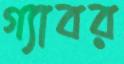
গ্যাবর